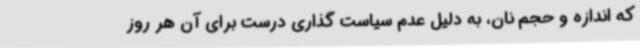
که اندازه و حجم نان، به دلیل عدم سیاست گذاری درست برای آن هر روز